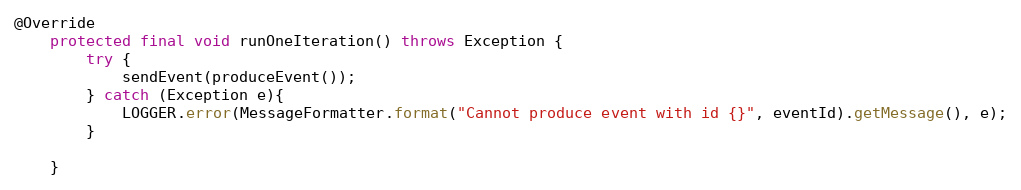
Language: Java
@Override
    protected final void runOneIteration() throws Exception {
        try {
            sendEvent(produceEvent());
        } catch (Exception e){
            LOGGER.error(MessageFormatter.format("Cannot produce event with id {}", eventId).getMessage(), e);
        }

    }